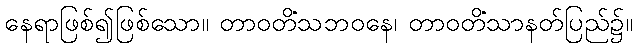
နေရာဖြစ်၍ဖြစ်သော။ တာဝတိံသဘဝနေ၊ တာဝတိံသာနတ်ပြည်၌။